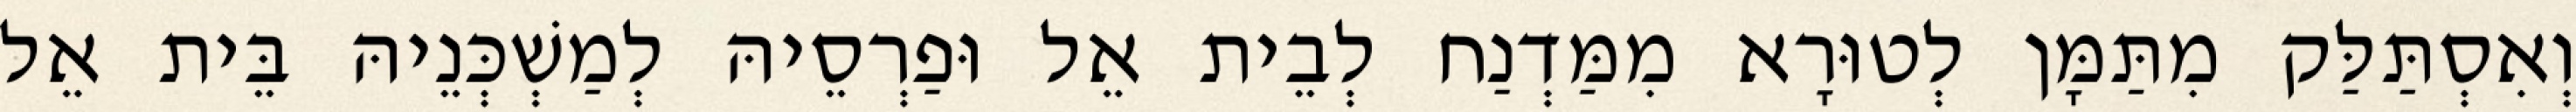
וְאִסְתַּלַּק מִתַּמָּן לְטוּרָא מִמַּדְנַח לְבֵית אֵל וּפַרְסֵיהּ לְמַשְׁכְּנֵיהּ בֵּית אֵל